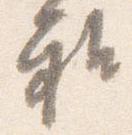
雅